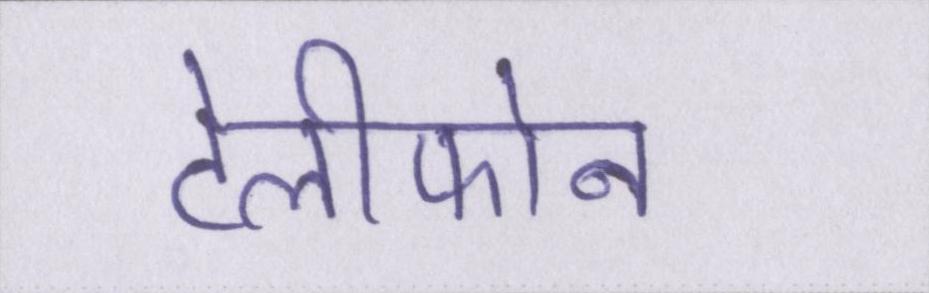
टेलीफोन